Indian journal of veterinary science and animal husbandry - Volume 9,
Year: 1939
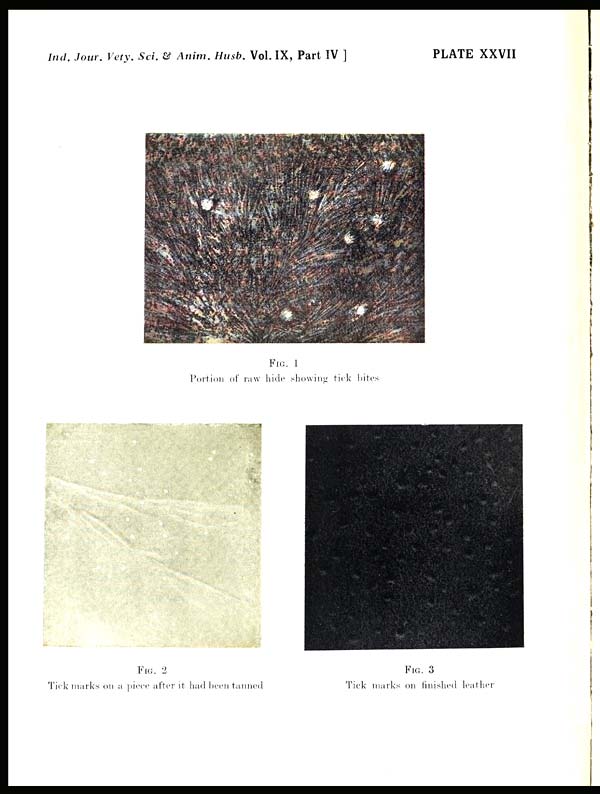
Ind. Jour. Vety. Sei. & Anim. Husb. Vol. IX, Part IV ]
PLATE XXVII
FIG. 1
Portion of raw hide showing tick bites
FIG. 2
Tick marks on a piece after it had been tanned
FIG. 3
Tick marks on finished leather